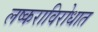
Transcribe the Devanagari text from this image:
लष्कराविरोधात